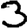
Digit: 3